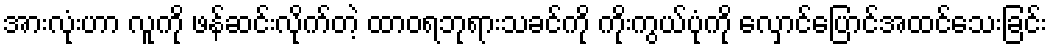
အားလုံးဟာ လူကို ဖန်ဆင်းလိုက်တဲ့ ထာဝရဘုရားသခင်ကို ကိုးကွယ်ပုံကို လှောင်ပြောင်အထင်သေးခြင်း